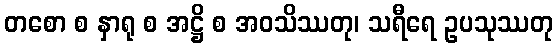
တစော စ နှာရု စ အဋ္ဌိ စ အဝသိဿတု၊ သရီရေ ဥပသုဿတု